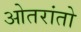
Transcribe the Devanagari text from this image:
ओतरांतो